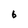
Character: 6